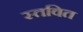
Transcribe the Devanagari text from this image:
स्तवित